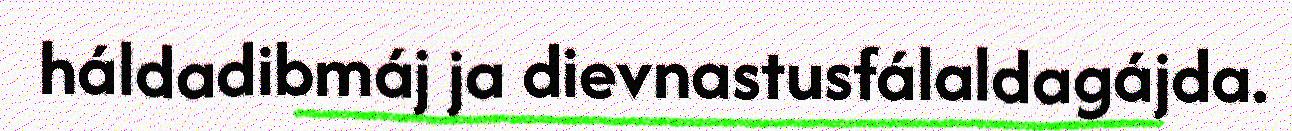
háldadibmáj ja dievnastusfálaldagájda.